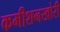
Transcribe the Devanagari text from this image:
कमीशनखोरी